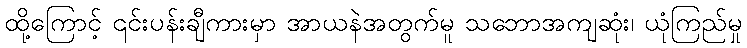
ထို့ကြောင့် ၎င်းပန်းချီကားမှာ အာယနဲအတွက်မူ သဘောအကျဆုံး၊ ယုံကြည်မှု